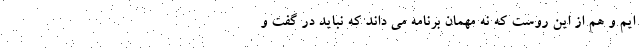
ایم و هم از این روست که نه مهمان برنامه می داند که نباید در گفت و